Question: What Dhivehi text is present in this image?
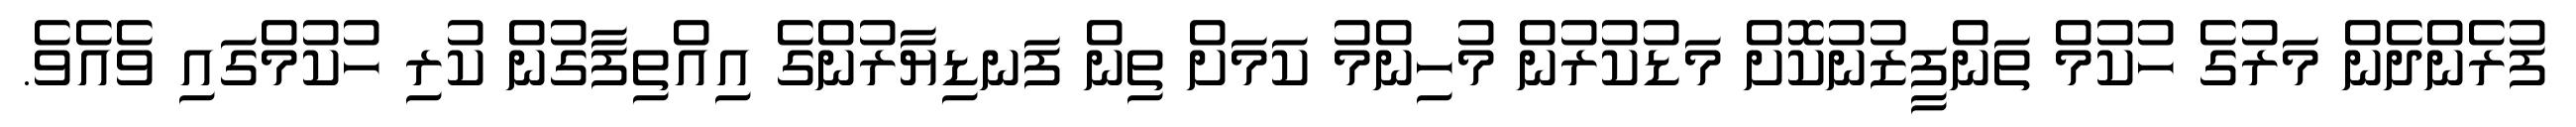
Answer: ފުރެންދެން މަރުގެ ހުކުމް ތަންފީޒުނުކޮށް މަޑުކުރުން މުހިންމު ކަމަށް ތިން ފަނޑިޔާރުންގެ އިއްތިފާގުން ކުރި ހުކުމްގައި ވެއެވެ.